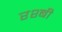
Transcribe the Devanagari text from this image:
रश्बी